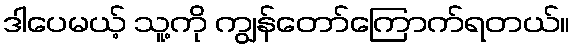
ဒါပေမယ့် သူ့ကို ကျွန်တော်ကြောက်ရတယ်။